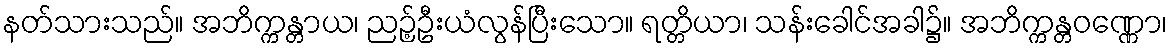
နတ်သားသည်။ အဘိက္ကန္တာယ၊ ညဉ့်ဦးယံလွန်ပြီးသော။ ရတ္တိယာ၊ သန်းခေါင်အခါ၌။ အဘိက္ကန္တဝဏ္ဏော၊